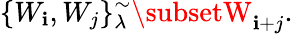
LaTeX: \{ W_{\mathbf{i}},W_{j}\} _{\lambda}^{\sim}\subsetW_{\mathbf{i}+j}.